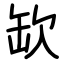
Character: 缼